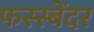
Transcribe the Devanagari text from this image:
फस्स्बेंदर